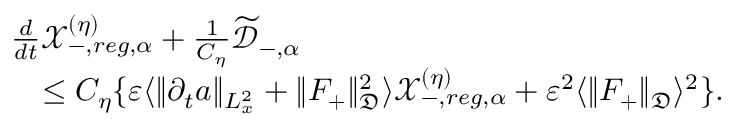
\begin{array} { r l } & { \frac { d } { d t } \mathscr X _ { - , r e g , \alpha } ^ { ( \eta ) } + \frac { 1 } { C _ { \eta } } \widetilde { \mathscr D } _ { - , \alpha } } \\ & { \quad \leq C _ { \eta } \{ \varepsilon \langle \| \partial _ { t } a \| _ { L _ { x } ^ { 2 } } + \| F _ { + } \| _ { \mathfrak D } ^ { 2 } \rangle \mathscr X _ { - , r e g , \alpha } ^ { ( \eta ) } + \varepsilon ^ { 2 } \langle \| F _ { + } \| _ { \mathfrak D } \rangle ^ { 2 } \} . } \end{array}